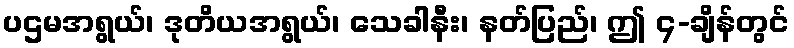
ပဌမအရွယ်၊ ဒုတိယအရွယ်၊ သေခါနီး၊ နတ်ပြည်၊ ဤ ၄-ချိန်တွင်